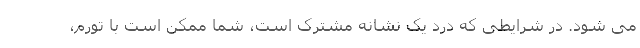
می شود. در شرایطی که درد یک نشانه مشترک است، شما ممکن است با تورم،